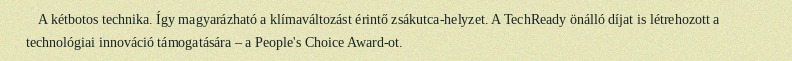
A kétbotos technika. Így magyarázható a klímaváltozást érintő zsákutca-helyzet. A TechReady önálló díjat is létrehozott a technológiai innováció támogatására – a People's Choice Award-ot.